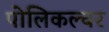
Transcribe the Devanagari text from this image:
पोलिकल्चर